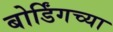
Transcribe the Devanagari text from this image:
बोर्डिंगच्या